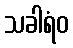
သခါရံဝ